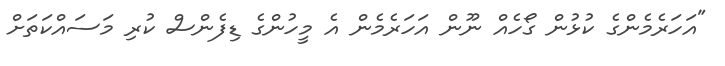
"އަހަރެމެންގެ ކުޅުން ގޯހެއް ނޫން އަހަރެމެން އެ މީހުންގެ ޑިފެންސް ކުރި މަސައްކަތަށް